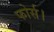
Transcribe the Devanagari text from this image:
फोर्स।